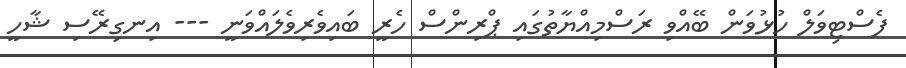
ފެސްޓިވަލް ހުޅުވަން ބޭއްވި ރަސްމިއްޔާތުގައި ޕްރިންސް ހެރީ ބައިވެރިވެލައްވަނީ --- އިނގިރޭސި ޝާހީ